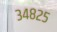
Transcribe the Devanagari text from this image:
३४८२५